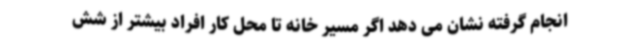
انجام گرفته نشان می دهد اگر مسیر خانه تا محل کار افراد بیشتر از شش